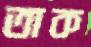
তাক